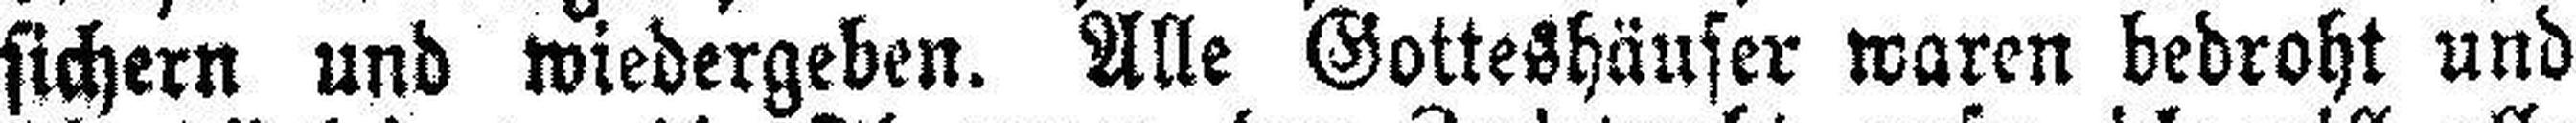
sichern und wiedergeben. Alle Gotteshäuser waren bedroht und